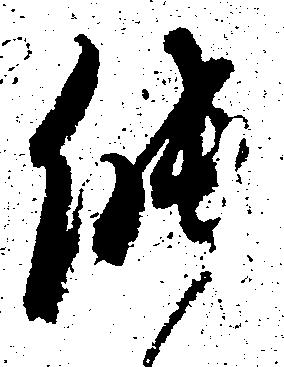
能